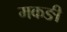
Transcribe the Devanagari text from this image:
मकङी